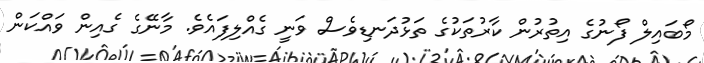
މޯބައިލް ފޯނުގެ އިތުރުން ކާރުތަކުގެ ތަޅުދަނޑިވެސް ވަނީ ގެއްލިފައެވެ. މާނޭގެ ގެއިން ވައްކަން